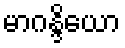
မာဂန္ဒိယော